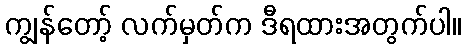
ကျွန်တော့် လက်မှတ်က ဒီရထားအတွက်ပါ။